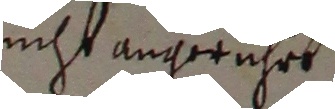
nicht angerachet